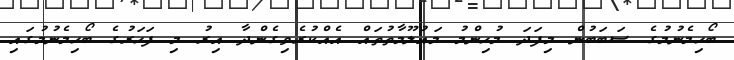
ބޯހިމެނުމުގެ ސަބަބުން މިފަދަ މުހިންމު މައުލޫމާތުތައް އެއްކުރެވިގެންދާ އިރު މި ފަހަރުގެ ބޯހިމެނުމުގައި